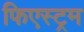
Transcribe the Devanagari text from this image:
फिएस्ट्रम